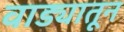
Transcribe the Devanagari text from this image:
वाड्यातून